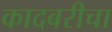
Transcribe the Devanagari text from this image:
कादबरीचा